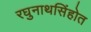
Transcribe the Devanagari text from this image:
रघुनाथसिंहोत